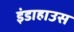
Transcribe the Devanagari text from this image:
इंडाहाउस